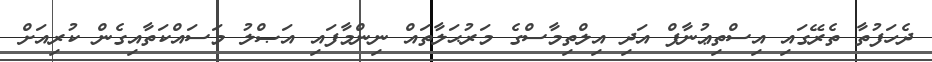
ދެހަފުތާ ތެރޭގައި އިސްތިޢުނާފް އަދި އިލްތިމާސްގެ މަރުޙަލާތައް ނިންމާފައި އަޞްލު މަސައްކަތާއިގެން ކުރިއަށް